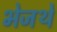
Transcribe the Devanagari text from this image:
भेजथे